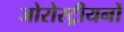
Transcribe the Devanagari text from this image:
जोरोस्ट्रीयनों